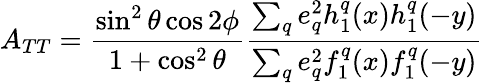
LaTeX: A_{TT}=\frac{\sin^{2}\theta\cos 2\phi}{1+\cos^{2}\theta}\frac{\sum_{q}e_{q}^{2}h_{1}^{q}(x)h_{1}^{q}(-y)}{\sum_{q}e_{q}^{2}f_{1}^{q}(x)f_{1}^{q}(-y)}